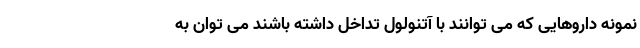
نمونه داروهایی که می توانند با آتنولول تداخل داشته باشند می توان به